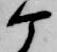
ケ